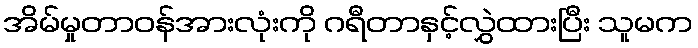
အိမ်မှုတာဝန်အားလုံးကို ဂရီတာနှင့်လွှဲထားပြီး သူမက